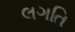
લગતિ